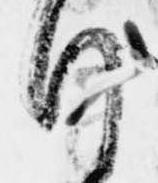
行